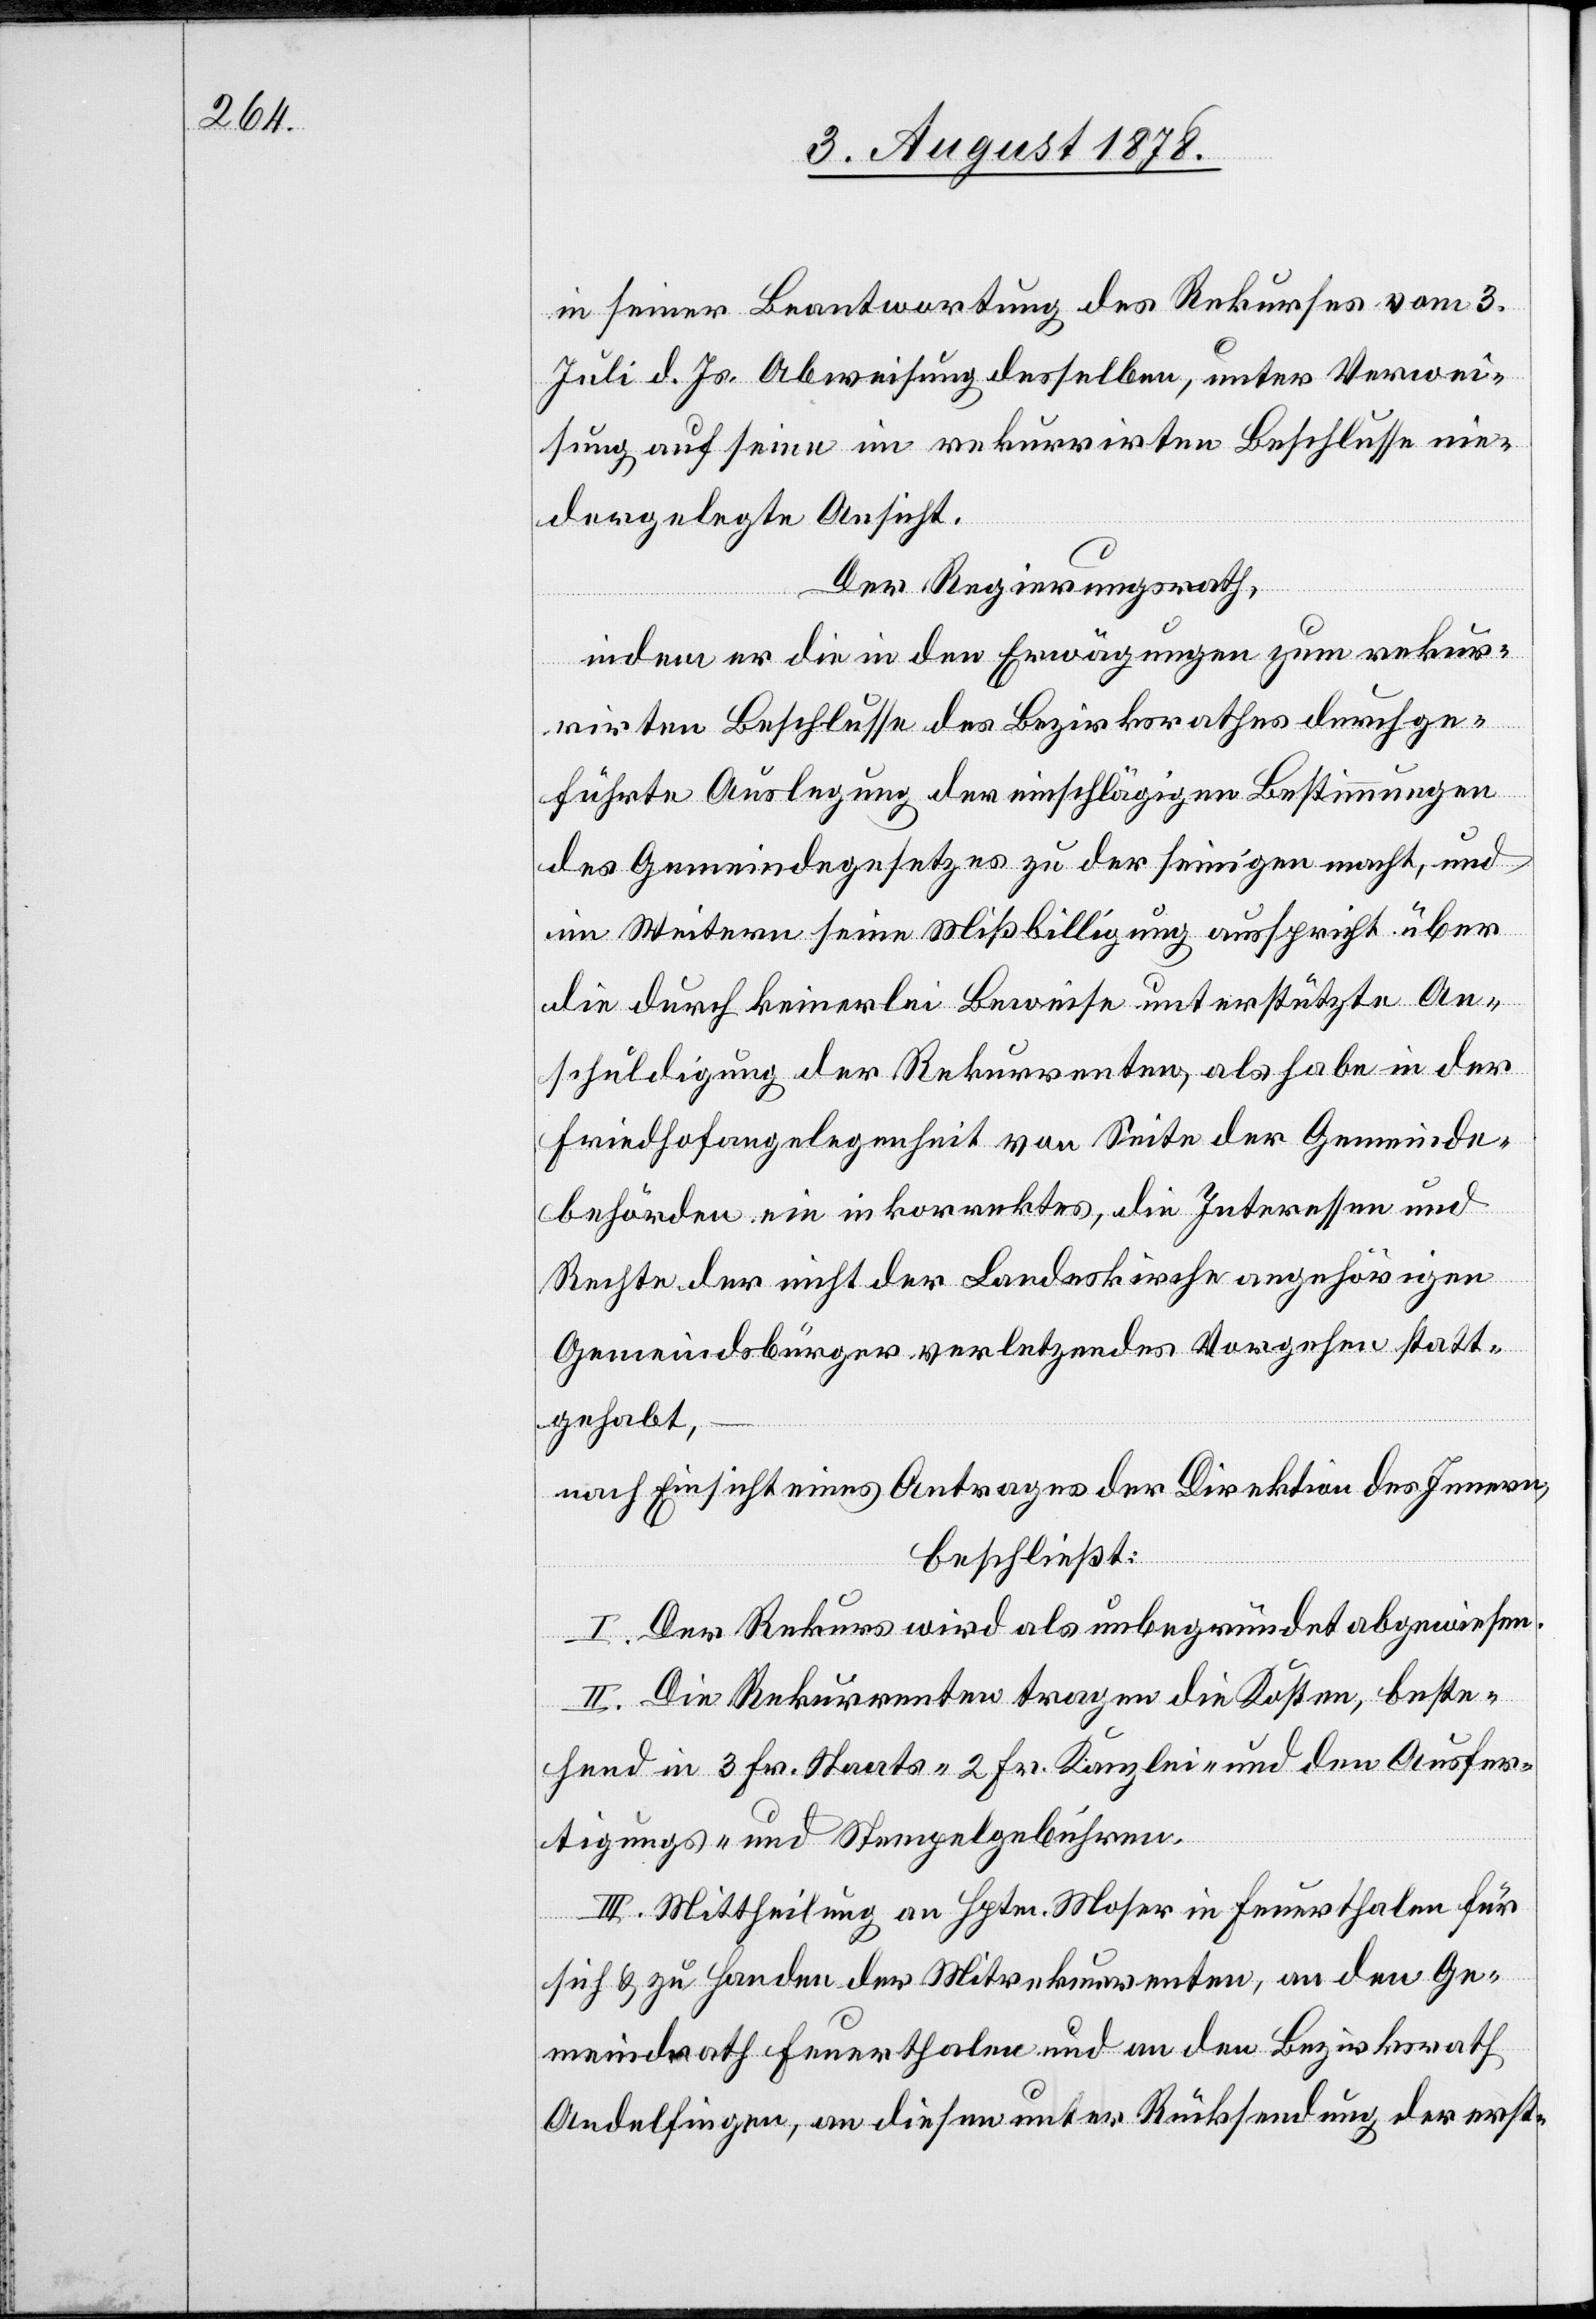
in seiner Beantwortung des Rekurses vom 3.
Juli d. Js. Abweisung desselben, unter Verwei¬
sung auf seine im rekurrirten Beschlusse nie¬
dergelegte Ansicht.
Der Regierungsrath,
indem er die in den Erwägungen zum rekur¬
rirten Beschlusse des Bezirksrathes durchge¬
führte Auslegung der einschlägigen Bestimmungen
des Gemeindegesetzes zu der seinigen macht, und
im Weitern seine Missbilligung ausspricht über
die durch keinerlei Beweise unterstützte An¬
schuldigung der Rekurrenten, als habe in der
Friedhofangelegenheit von Seite der Gemeinde¬
behörden ein inkorrektes, die Interessen und
Rechte der nicht der Landeskirche angehörigen
Gemeindsbürger verletzendes Vorgehen statt¬
gehabt,
nach Einsicht eines Antrages der Direktion des Innern,
beschließt:
I. Der Rekurs wird als unbegründet abgewiesen.
II. Die Rekurrenten tragen die Kosten, beste¬
hend in 3 Fr. Staats-[,] 2 Fr. Kanzlei- und den Ausfer¬
tigungs- und Stempelgebühren.
III. Mittheilung an Hptm. Moser in Feuerthalen für
sich & zu Handen der Mitrekurrenten, an den Ge¬
meindrath Feuerthalen und an den Bezirksrath
Andelfingen, an diesen unter Rücksendung der erst-